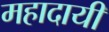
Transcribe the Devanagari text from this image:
महादायी